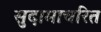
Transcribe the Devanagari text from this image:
सुदामाचरित